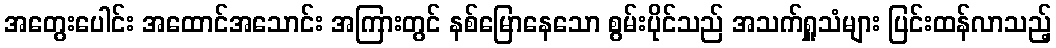
အတွေးပေါင်း အထောင်အသောင်း အကြားတွင် နစ်မြောနေသော စွမ်းပိုင်သည် အသက်ရှူသံများ ပြင်းထန်လာသည့်